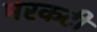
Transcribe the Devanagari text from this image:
मरकटी